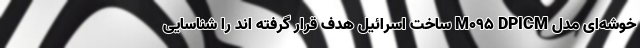
خوشه‌ای مدل M095 DPICM ساخت اسرائیل هدف قرار گرفته اند را شناسایی